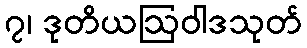
၇၊ ဒုတိယဩဝါဒသုတ်